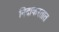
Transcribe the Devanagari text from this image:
निंदाकरतात